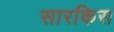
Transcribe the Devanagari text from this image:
सारकिस